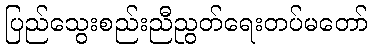
ပြည်သွေးစည်းညီညွတ်ရေးတပ်မတော်